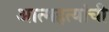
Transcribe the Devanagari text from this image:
आत्महत्यांची